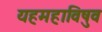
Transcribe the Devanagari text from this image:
यहमहाविषुव